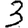
Digit: 3